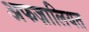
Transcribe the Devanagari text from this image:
अफज़ालियत